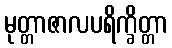
မုတ္တာဇာလပရိက္ခိတ္တာ